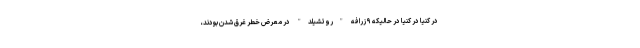
در کنیا در کنیا در حالیکه ۹ زرافه "روتشیلد" در معرض خطر غرق شدن بودند،